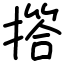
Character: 撘